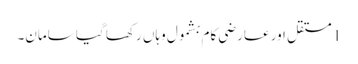
1 مستقل اور عارضی کام بشمول وہاں رکھا گیا سامان۔